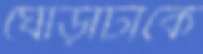
ঘোড়াটাকে